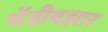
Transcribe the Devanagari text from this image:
भेंडीबझार